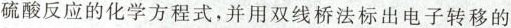
硫酸反应的化学方程式，并用双线桥法标出电子转移的